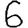
Digit: 6